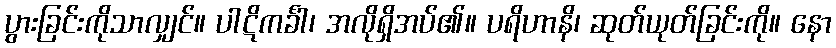
ပွားခြင်းကိုသာလျှင်။ ပါဋိကင်္ခါ၊ အလိုရှိအပ်၏။ ပရိဟာနိ၊ ဆုတ်ယုတ်ခြင်းကို။ နော